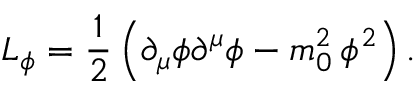
{ \cal L } _ { \phi } = \frac { 1 } { 2 } \, \Bigl ( \partial _ { \mu } \phi \partial ^ { \mu } \phi - m _ { 0 } ^ { 2 } \, \phi ^ { 2 } \Bigr ) \, .